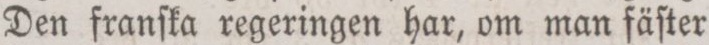
Den franſka regeringen har, om man fäſter